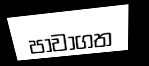
පාවාගත